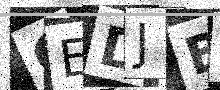
Text: GEDJBU